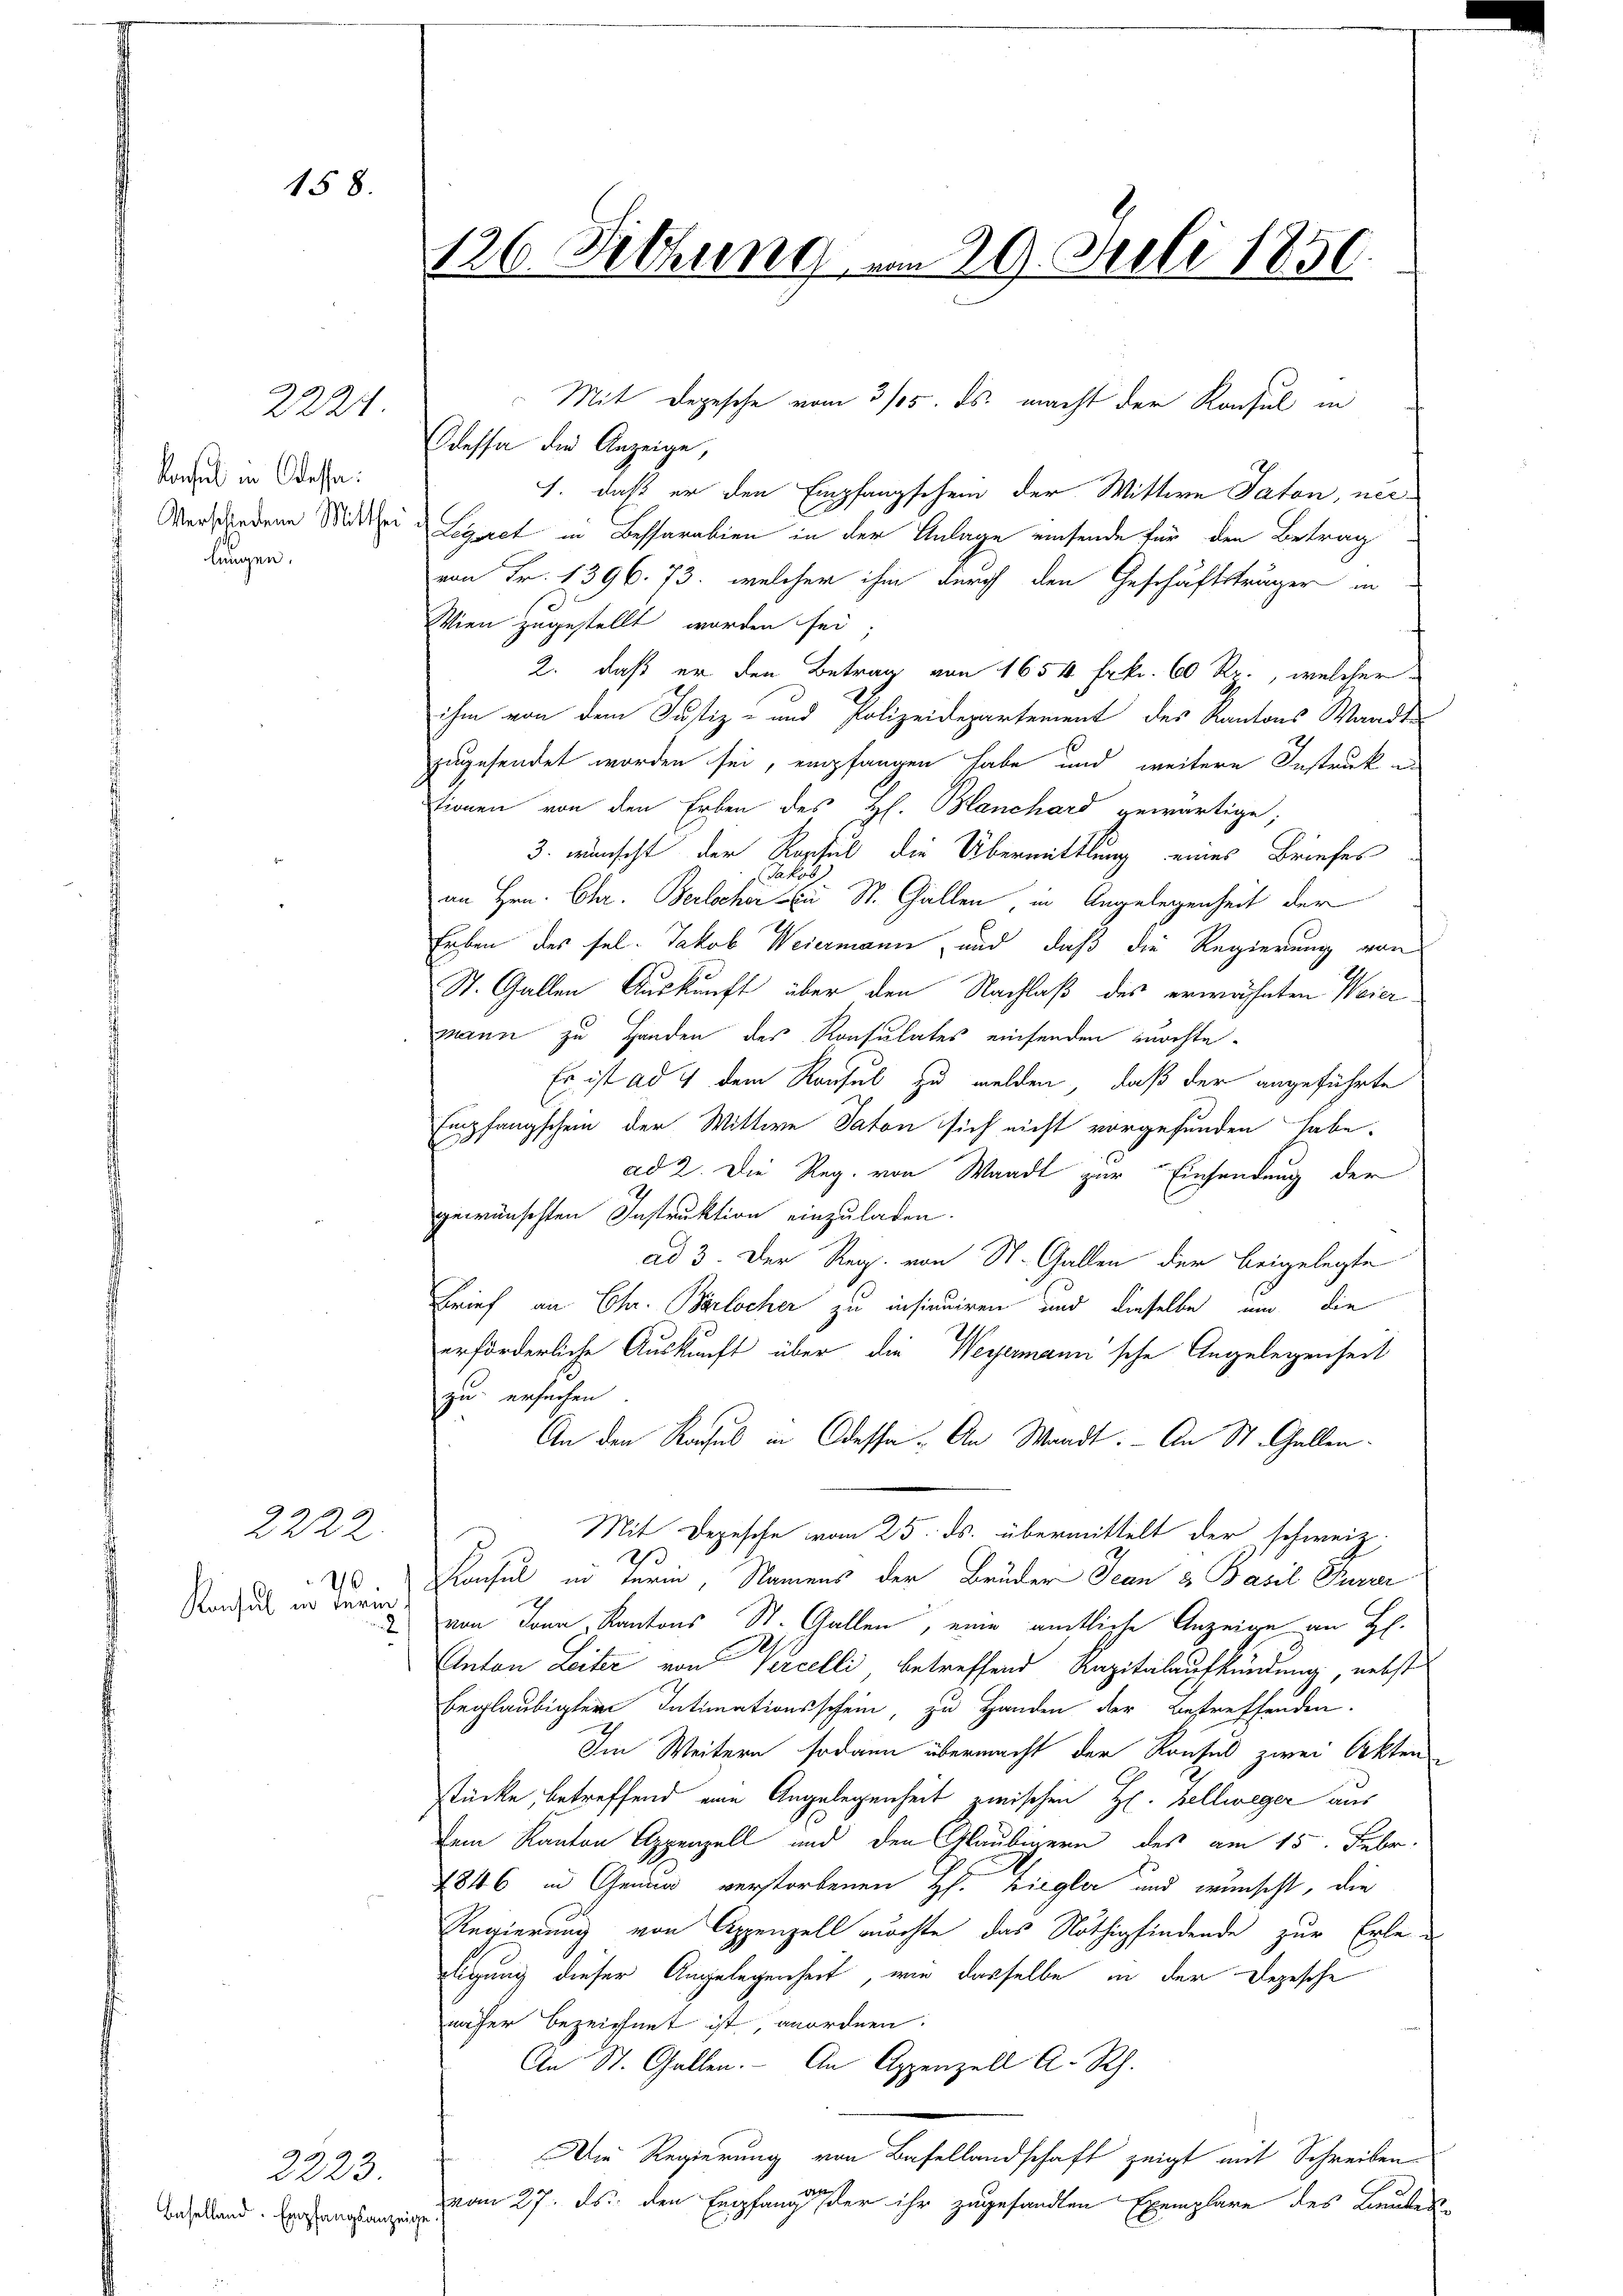
Konsul in Terne

158.

2221.

Konsul in Odessa
Verschiedene Mitthei
lungen.

2222
40.

126. Sitzung am 29. Juli 1850.

2223
Basellend. Empfangsanzeige

Wessa die Anzeige,
1. daß er den Empfangschein der Wittwe Paton, nec¬
Legiret in Bessarabien in der Anlage einsende für den Betrag
von Fr. 1396. 73. welcher ihm durch den Geschäftsträger in
Wien zugestellt worden sei;
2. daß er den Betrag von 1654 Frk. 60 Rp., welcher
ihm von dem Justiz- und Polizeidepartement des Kantons Waadt
zugesendet worden sei, empfangen habe und weitere Instruk un
tionen von den Erben des Hl. Blanchard gewärtige,
3. wünscht der Rossel die Übermittlung eines Briefes
Jakob
an Hrn. Chr. Berlicher Ein St. Gallen, in Angelegenheit der
Erben des sel. Jakob Weiermann, und daß die Regierung von
St. Gallen Auskunft über den Nachlaß des erwähnten Weiermann zu Handen des Konsulates einsenden möchte.
Es ist ad 4 dem Konsul zu melden, daß der angeführte
Empfangschein der Wittwe Saton sich nicht vorgefunden habe.
ad 2. Die Reg. von Waadt zur Einsendung der
gewünschten Instruktion einzuladen.
ad 3. Der Reg. von St. Gallen der beigelegte
Brief an Chr. Berlocher zu insinuiren und dieselbe um die
erforderliche Auskunft über die Weyermann'sche Angelegenheit
zu ersuchen.
An den Raches in Odessa. An Waadt. - An St. Gallen¬
Mit Depesche vom 25. ds. übermittelt der schweiz.
2
Konsul in Turi, Namens der Brüder Jean & Basil Purner
von Jona, Kantons St. Gallen, eine amtliche Anzeige an H.
Anton Leiter von Vercelli betreffend Kapitalaufkündung, nebst
beglaubigter Intimationsschein, zu Handen der betreffenden.
Im Weitern sodann übermacht der Konsul zwei Akten
stücke, betreffend eine Angelegenheit zwischen H. Zellweger aus
Dem Kanton Appenzell und den Gläubigern des am 15. Febr.
1846 in Genua verstorbenen H. Ziegler und wünscht, die
Regierung von Appenzell möchte, das Nöthigfindende zur Erleidigung dieser Angelegenheit, wie dasselbe in der Depesche
näher bezeichnet ist, anordnen.
An St. Gallen. An Appenzell A. Rh.
Die Regierung von Basellandschaft zeigt mit Schreiben
vom 27. ds. den Empfang der ihr zugesandten Exemplare des Baubes

Mit Depesche vom 3/05. ds. macht der Konsul in